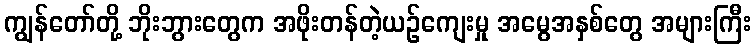
ကျွန်တော်တို့ ဘိုးဘွားတွေက အဖိုးတန်တဲ့ယဉ်ကျေးမှု အမွေအနှစ်တွေ အများကြီး